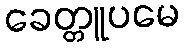
ခေတ္တူပမေ